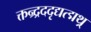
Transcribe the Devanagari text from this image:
क्तन्र्द्रददृद्यत्द्मथ्र्